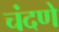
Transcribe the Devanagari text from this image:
चंदणे